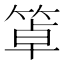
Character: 䈇